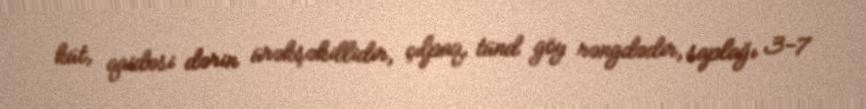
küt, qaidəsi dərin ürəkşəkillidir, çılpaq, tünd göy rəngdədir, saplağı 3-7